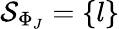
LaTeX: \mathcal{S}_{\Phi_{J}}=\{ l\}